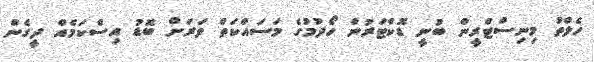
ހެލްތު މިނިސްޓްރީން ބުނީ ޑޮކްޓަރުން ހޯދުމުގެ މަސައްކަތް ވަރަށް ބޮޑު އިސްކަމެއް ދީގެން